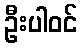
ဦးပါဝင်